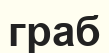
граб